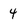
Character: 4